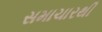
સમાચારથી